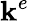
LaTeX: \mathbf{k}^{e}